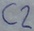
Text: C2